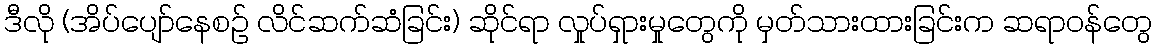
ဒီလို (အိပ်ပျော်နေစဉ် လိင်ဆက်ဆံခြင်း) ဆိုင်ရာ လှုပ်ရှားမှုတွေကို မှတ်သားထားခြင်းက ဆရာဝန်တွေ